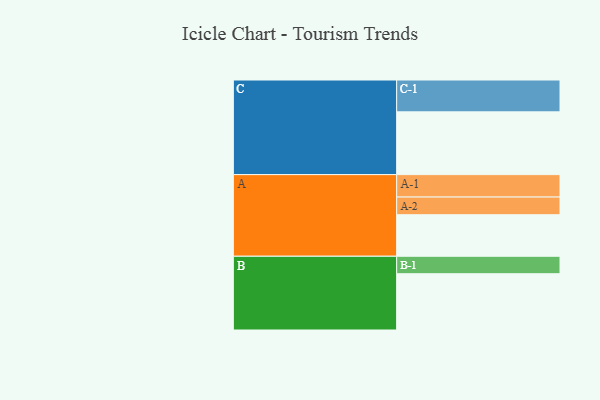
{"axis": {"x": "Segment", "y": "Value"}, "legend": ["", "A", "B", "C"], "data": [{"x": "A", "y": 352, "type": ""}, {"x": "B", "y": 477, "type": ""}, {"x": "C", "y": 532, "type": ""}, {"x": "A-1", "y": 190, "type": "A"}, {"x": "A-2", "y": 150, "type": "A"}, {"x": "B-1", "y": 148, "type": "B"}, {"x": "C-1", "y": 270, "type": "C"}]}